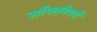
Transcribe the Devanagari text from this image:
सॉफ्तवेयरों